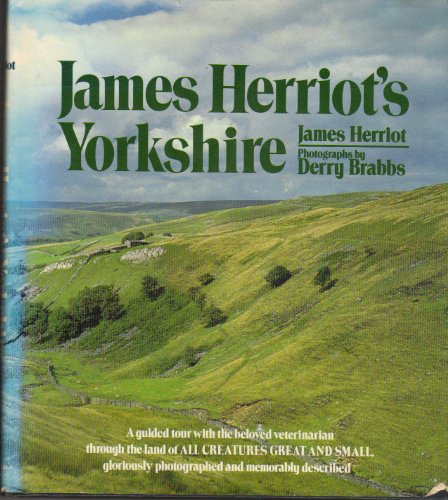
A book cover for James Herriot's Yorkshire: A Guided Tour with the Beloved Veterinarian; James Herriot; Travel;